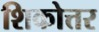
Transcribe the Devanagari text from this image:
शिकोत्तर